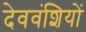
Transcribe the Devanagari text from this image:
देववंशियों